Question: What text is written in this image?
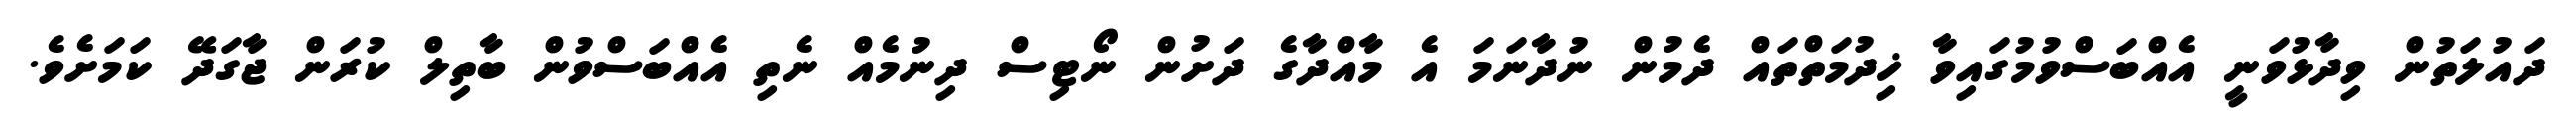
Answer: ދައުލަތުން ވިދާޅުވަނީ އެއްބަސްވުމުގައިވާ ޚިދުމަތްތައް ދެމުން ނުދާނަމަ އެ މާއްދާގެ ދަށުން ނޯޓިސް ދިނުމެއް ނެތި އެއްބަސްވުން ބާތިލް ކުރަން ޖާގަދޭ ކަމަށެވެ.